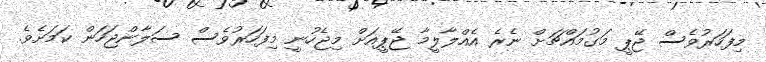
މިފަހަރުވެސް ޖޭޕީ މަގުމައްޗަށް ނެރެ އެއްލާލީމާ ޖޭޕީއަށް މިޖެހުނީ މިފަހަރުވެސް ސަލާންޖަހަން ކަމަށެވެ.